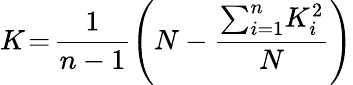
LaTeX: K\! =\! \frac{1}{n-1}\left(N-\frac{\sum_{i=1}^{n}\! K_{i}^{2}}{N}\right)